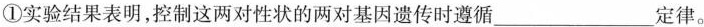
①实验结果表明，控制这两对性状的两对基因遗传时遵循___定律。